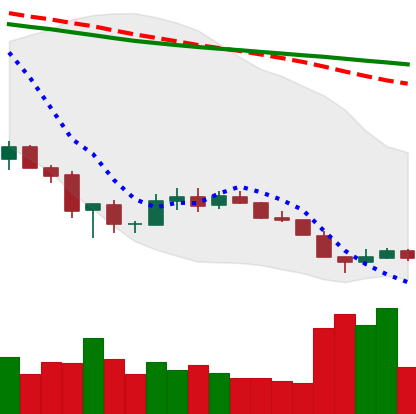
Ticker: XLM-USD
Chart end date: 2018-12-10
Forward return: -19.292%
Label: down_7plus